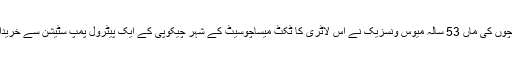
دو بچوں کی ماں 53 سالہ میوس ونسزیک نے اس لاٹری کا ٹکٹ میساچوسیٹ کے شہر چیکوپی کے ایک پیٹرول پمپ سٹیشن سے خریدا تھا۔